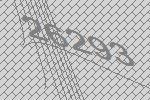
26293